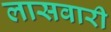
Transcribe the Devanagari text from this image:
लासवारी